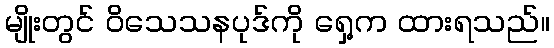
မျိုးတွင် ဝိသေသနပုဒ်ကို ရှေ့က ထားရသည်။